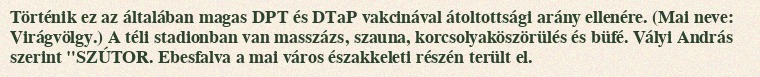
Történik ez az általában magas DPT és DTaP vakcinával átoltottsági arány ellenére. (Mai neve: Virágvölgy.) A téli stadionban van masszázs, szauna, korcsolyaköszörülés és büfé. Vályi András szerint "SZÚTOR. Ebesfalva a mai város északkeleti részén terült el.